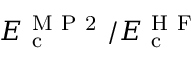
E _ { \mathrm { ~ c ~ } } ^ { \mathrm { ~ M ~ P ~ 2 ~ } } / E _ { \mathrm { ~ c ~ } } ^ { \mathrm { ~ H ~ F ~ } }